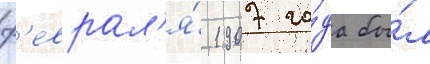
ф'еврал'я́ 1907 го́да бы́л